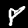
Label: 8